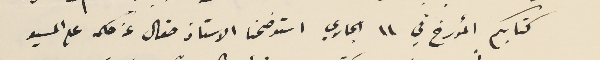
كتابكم المؤرخ في ١١ الجاري استوضحنا الاستاذ صقال عن حكمه على المسيو